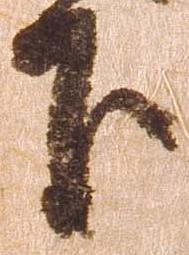
下